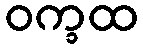
ဝက္ခထ